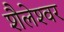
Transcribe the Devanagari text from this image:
शैलेश्‍वर